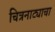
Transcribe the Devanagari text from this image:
चित्रनाट्याचा